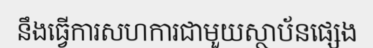
នឹងធ្វើការសហការជាមួយស្ថាប័នផ្សេង